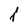
Character: l